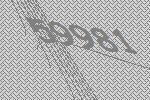
59981